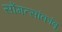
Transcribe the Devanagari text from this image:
सोंगत्सांकांबू